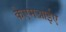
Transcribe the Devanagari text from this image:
केएमआईए